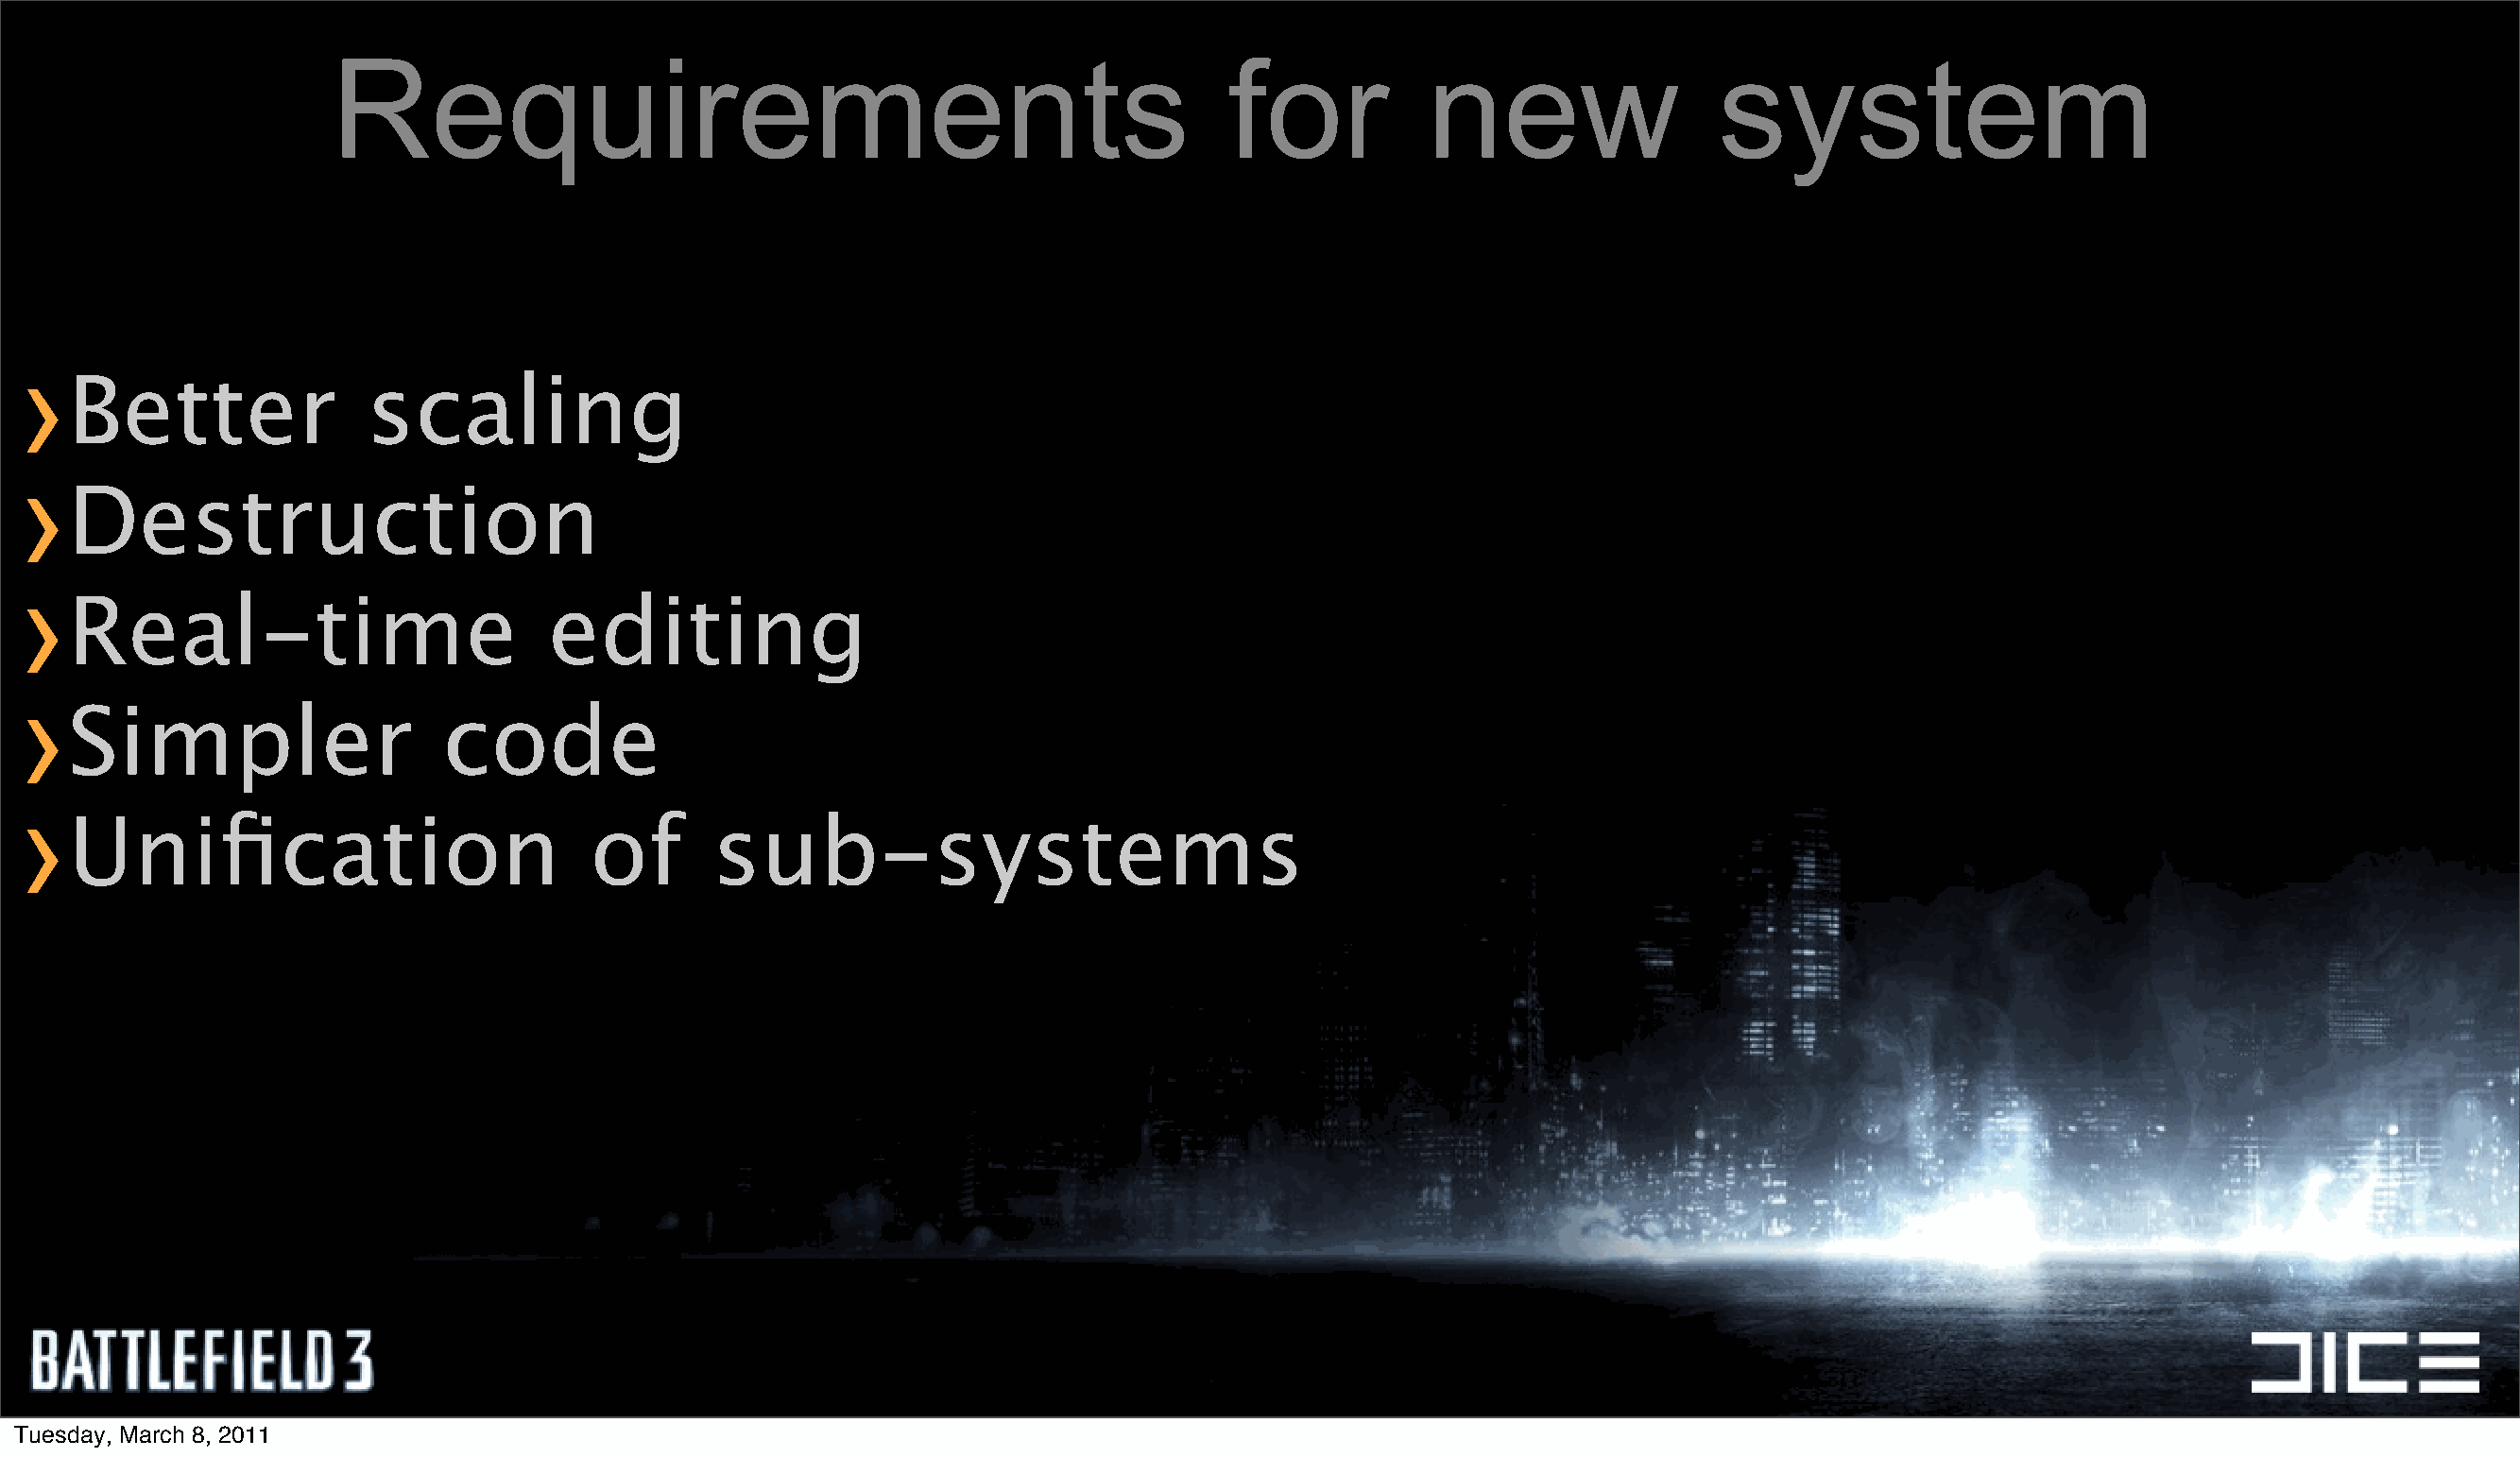
Requirements                                                   for           new                 system
 ›
 Better               scaling
 ›
 Destruction
 ›
 Real-time                        editing
 ›
 Simpler                   code
 ›
 Unification                         of       sub-systems
 Tuesday, March 8, 2011